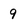
Character: 9